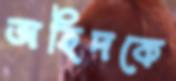
অহিদকে